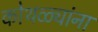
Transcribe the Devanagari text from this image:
कोथळ्यांना